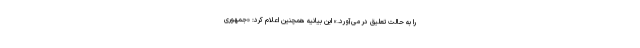
را به حالت تعلیق در می‌آورد.» این بیانیه همچنین اعلام کرد: «جمهوری